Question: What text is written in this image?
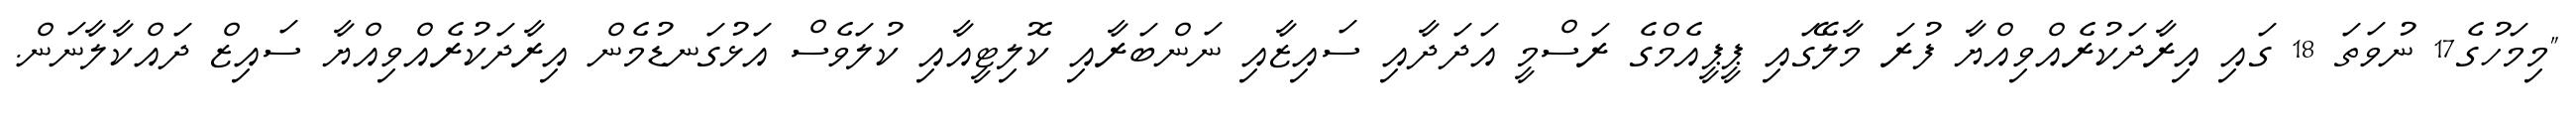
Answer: "މިމަހުގެ17 ނުވަތަ 18 ގައި އިރާދަކުރެއްވިއްޔާ ފުރަ މާލޭގައި ޕީޕީއެމްގެ ރަސްމީ އަދަދާއި ސައިޒާއި ނަންބަރާއި ކޮލިޓީއާއި ކުލަވެސް އަޅުގަނޑުމެން އިރާދަކުރެއްވިއްޔާ ސައިޒް ދައްކާލާނަން.